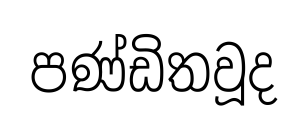
පණ්ඩිතවූද